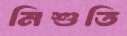
নিশুতি